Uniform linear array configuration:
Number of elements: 12
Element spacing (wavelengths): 0.75
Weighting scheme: exponential
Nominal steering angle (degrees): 30
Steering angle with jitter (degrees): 29.596
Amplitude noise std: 0.05
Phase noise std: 0.05

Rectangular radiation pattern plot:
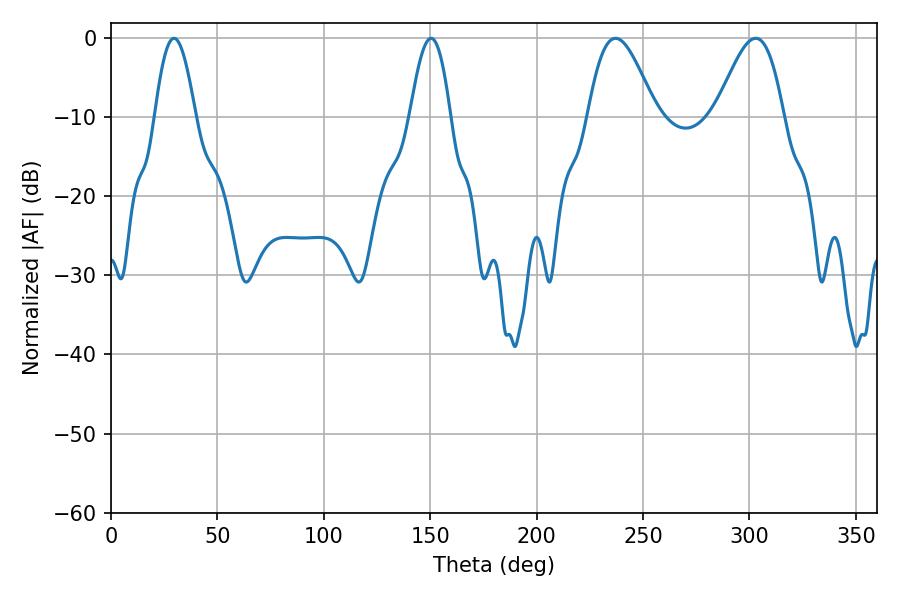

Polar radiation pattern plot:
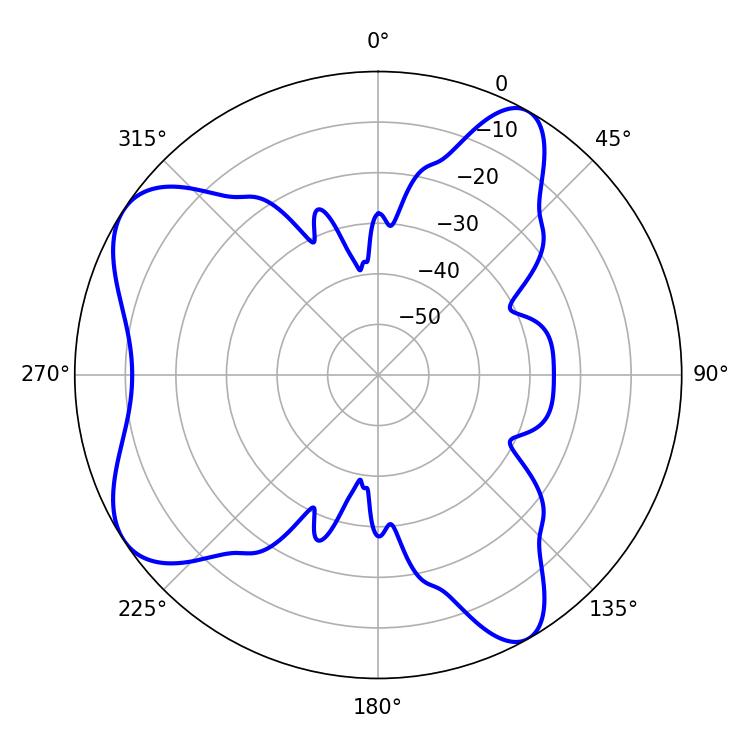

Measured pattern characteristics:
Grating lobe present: TRUE
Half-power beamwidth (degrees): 17.1
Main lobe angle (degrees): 237.06